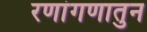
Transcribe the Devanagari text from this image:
रणांगणातुन